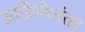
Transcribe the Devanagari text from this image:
आफ्रिकेनंतर